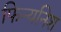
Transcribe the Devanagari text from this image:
फिन्यनिश